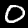
Label: 0